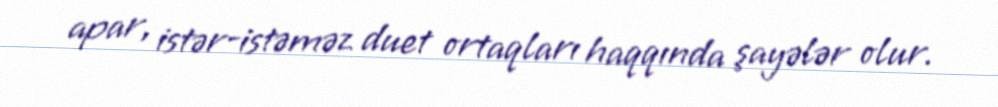
apar, istər-istəməz duet ortaqları haqqında şayələr olur.